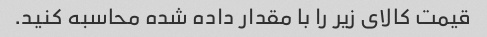
قیمت کالای زیر را با مقدار داده شده محاسبه کنید.